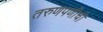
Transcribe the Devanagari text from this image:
तरुणपणीची